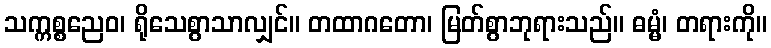
သက္ကစ္စညေဝ၊ ရိုသေစွာသာလျှင်။ တထာဂတော၊ မြတ်စွာဘုရားသည်။ ဓမ္မံ၊ တရားကို။